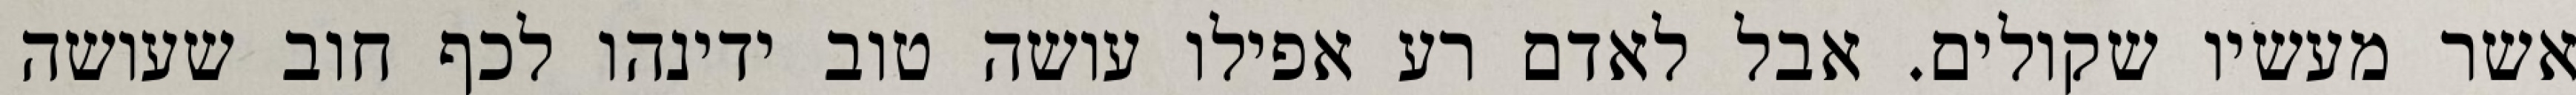
אשר מעשיו שקולים. אבל לאדם רע אפילו עושה טוב ידינהו לכף חוב שעושה